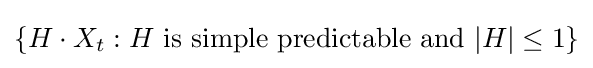
\left\{H\cdot X_{t}:H{\rm {\ is\ simple\ predictable\ and\ }}|H|\leq 1\right\}